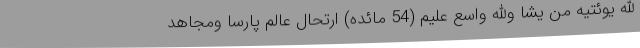
الله یوئتیه من یشا والله واسع علیم (54 مائده) ارتحال عالم پارسا ومجاهد